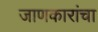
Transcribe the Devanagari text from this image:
जाणकारांचा